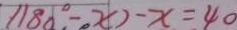
1 1 8 0 ^ { \circ } - x ) - x = 4 0